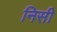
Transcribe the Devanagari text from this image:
निसी